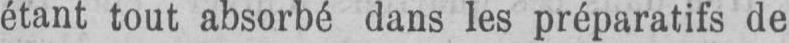
étant tout absorbé dans les préparatifs de